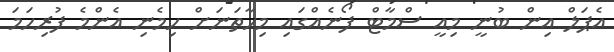
އެޕަލް އިން ބުނީ މިއީ ސްމާޓް ފޯނެއްގައި މިހާތަނަށް ހިމެނި އެންމެ ފުރިހަމަ